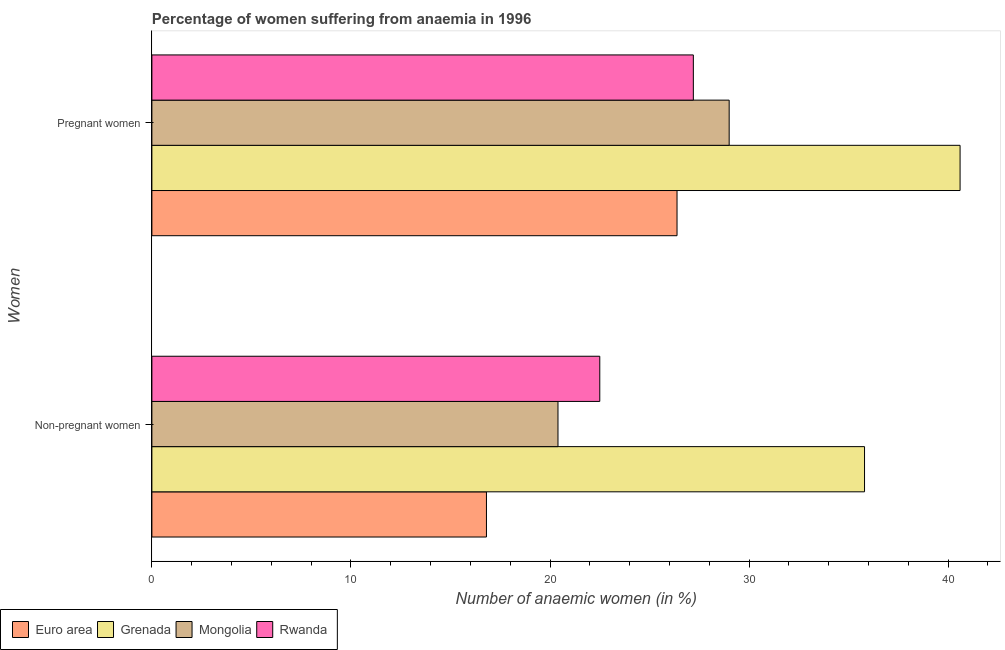
| Women | Euro area | Grenada | Mongolia | Rwanda |
 | --- | --- | --- | --- | --- |
 | Non-pregnant women | 16.8 | 35.8 | 20.4 | 22.5 |
 | Pregnant women | 26.4 | 40.6 | 29 | 27.2 |